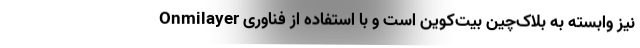
نیز وابسته به بلاک‌چین بیت‌کوین است و با استفاده از فناوری Onmilayer